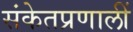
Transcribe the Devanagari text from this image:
संकेतप्रणालीं